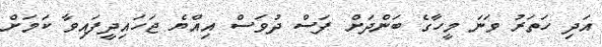
އަދި ހަތަރު ވަނަ މީހާގެ ބަންދަށް ފަސް ދުވަސް އިއްޔެ ޖަހައިދީފައިވާ ކަމަށް